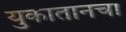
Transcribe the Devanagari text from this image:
युकातानचा